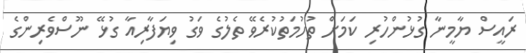
ރައީސް ޔާމީނާ ގުޅުންހުރި ކަމަށް ތުހުމަތުކުރެވޭ ތެލުގެ ވަގު ވިޔަފާރިއާ ގުޅޭ ނޫސްވެރިންގެ